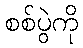
စစ်ပွဲကို